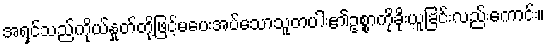
အရှင်သည်ကိုယ်နှုတ်တို့ဖြင့်မပေးအပ်သောသူတပါး၏ဥစ္စာကိုခိုးယူခြင်းလည်းကောင်း။